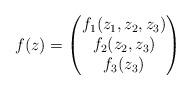
LaTeX: \begin{align*} f(z)=\begin{pmatrix}f_1(z_1,z_2,z_3)\\ f_2(z_2,z_3)\\ f_3(z_3) \end{pmatrix}\end{align*}